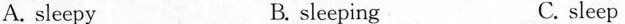
A. sleepy B. sleeping C. sleep